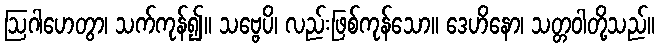
ဩဂါဟေတွာ၊ သက်ကုန်၍။ သဗ္ဗေပိ၊ လည်းဖြစ်ကုန်သော။ ဒေဟိနော၊ သတ္တဝါတို့သည်။